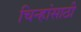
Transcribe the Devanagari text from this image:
चिन्हांसाठी